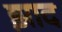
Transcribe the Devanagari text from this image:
झाद